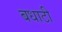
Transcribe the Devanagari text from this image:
बधाटी